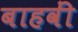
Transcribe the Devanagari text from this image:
बाहवीं